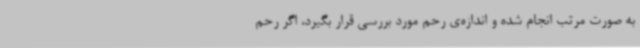
به صورت مرتب انجام شده و اندازه‌ی رحم مورد بررسی قرار بگیرد، اگر رحم